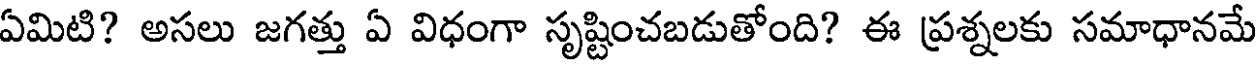
ఏమిటి? అసలు జగత్తు ఏ విధంగా సృష్టించబడుతోంది? ఈ ప్రశ్నలకు సమాధానమే